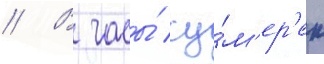
// В часы́ су́м'ер'ек